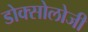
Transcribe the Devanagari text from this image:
डोक्सोलोजी